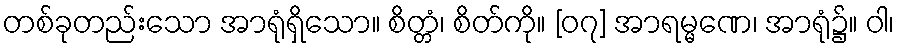
တစ်ခုတည်းသော အာရုံရှိသော။ စိတ္တံ၊ စိတ်ကို။ [၀၇] အာရမ္မဏေ၊ အာရုံ၌။ ဝါ၊